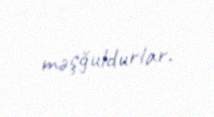
məşğuldurlar.